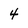
Character: 4